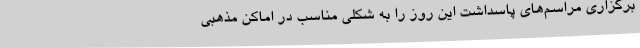
برگزاری مراسم‌های پاسداشت این روز را به شکلی مناسب در اماکن مذهبی